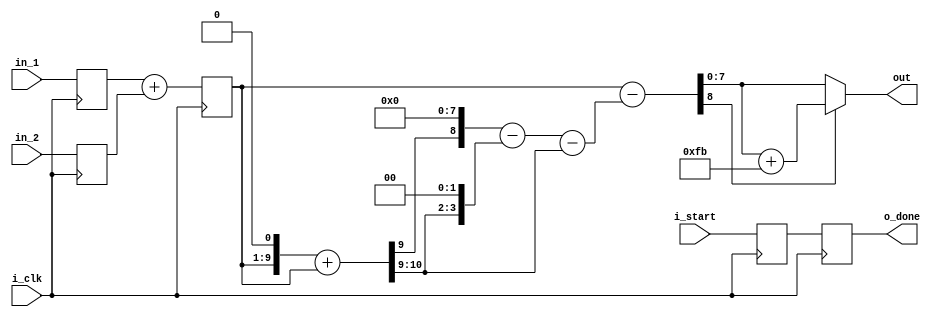
`timescale 1ns / 1ps
/*
 *
 *
Copyright (C) 2023
Author: Sanjay Deshpande
 *
This program is free software; you can redistribute it and/or modify
it under the terms of the GNU General Public License as published by
the Free Software Foundation; either version 3 of the License, or
(at your option) any later version.
 *
This program is distributed in the hope that it will be useful,
but WITHOUT ANY WARRANTY; without even the implied warranty of
MERCHANTABILITY or FITNESS FOR A PARTICULAR PURPOSE.  See the
GNU General Public License for more details.
 *
You should have received a copy of the GNU General Public License
along with this program; if not, write to the Free Software Foundation,
Inc., 51 Franklin Street, Fifth Floor, Boston, MA 02110-1301  USA

Input: in_1, in_2 and m = floor(2^9/251)+1   //m = 3, 9 represents output width on adding two 8-bit numbers
Output: c  = (in_1 + in_2) mod 251
0: a = in_1 + in_2
1: t <- a*3 >> 9
2: c <- a - t*251
3: if (c<0)
4: 	c <- c+251
5: end if
6: return c

 *
*/
module p251_add
#(
   parameter REG_IN = 1,
   parameter REG_OUT = 1
)
(
    input i_clk, // for potential regs we may add later
    input i_start,
    input [7:0] in_1,
    input [7:0] in_2,
    output [7:0] out,
    output reg o_done
    );
  
reg [8:0] a;
wire [8+2:0]a_mul_3;
wire [8+2-9:0]t;
wire [8:0] c_init; 
wire [8:0] c_final;


reg [7:0] in_1_reg, in_2_reg;
wire [8:0] a_reg;
reg done_reg;

generate
    if (REG_IN) begin
        always@(posedge i_clk)
        begin
            in_1_reg <= in_1;
            in_2_reg <= in_2;
            done_reg <= i_start;
        end
    end
    else begin
        always@(*)
        begin
            in_1_reg <= in_1;
            in_2_reg <= in_2;
            done_reg <= i_start;
        end
    end
endgenerate

assign a_reg = in_1_reg + in_2_reg;


generate
    if (REG_OUT) begin
        always@(posedge i_clk)
        begin
            a <= a_reg;
            o_done <= done_reg;
        end
    end
    else begin
        always@(*)
        begin
            a <= a_reg;
            o_done <= done_reg;
        end
    end
endgenerate


assign a_mul_3 = {a,1'b0} + a;
assign t = a_mul_3[10:9];
assign c_init = a - ({t,8'h00} - {t,2'b00} - t);

assign c_final = (c_init[8] == 1)? c_init + 251 : c_init;

assign out = c_final[7:0];
// assign o_done = i_start;
 
endmodule